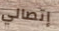
إتصالي